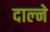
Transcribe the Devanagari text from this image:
दाल्ने